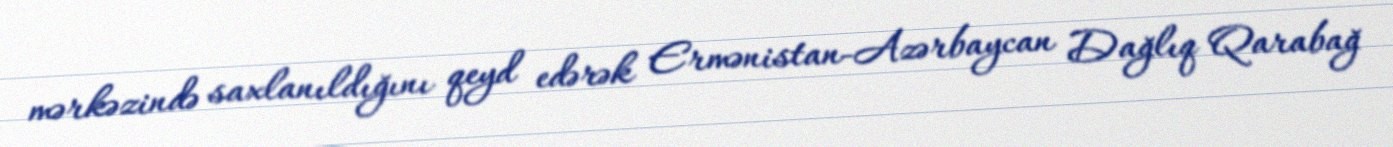
mərkəzində saxlanıldığını qeyd edərək Ermənistan-Azərbaycan Dağlıq Qarabağ